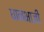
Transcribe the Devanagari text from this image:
धानभाजी